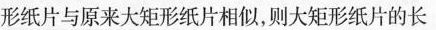
形纸片与原来大矩形纸片相似，则大矩形纸片的长